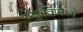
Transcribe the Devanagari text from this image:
यजुर्वेदामध्ये